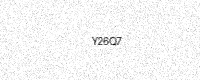
Text: Y26Q7